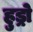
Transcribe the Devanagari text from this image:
हुड्रो